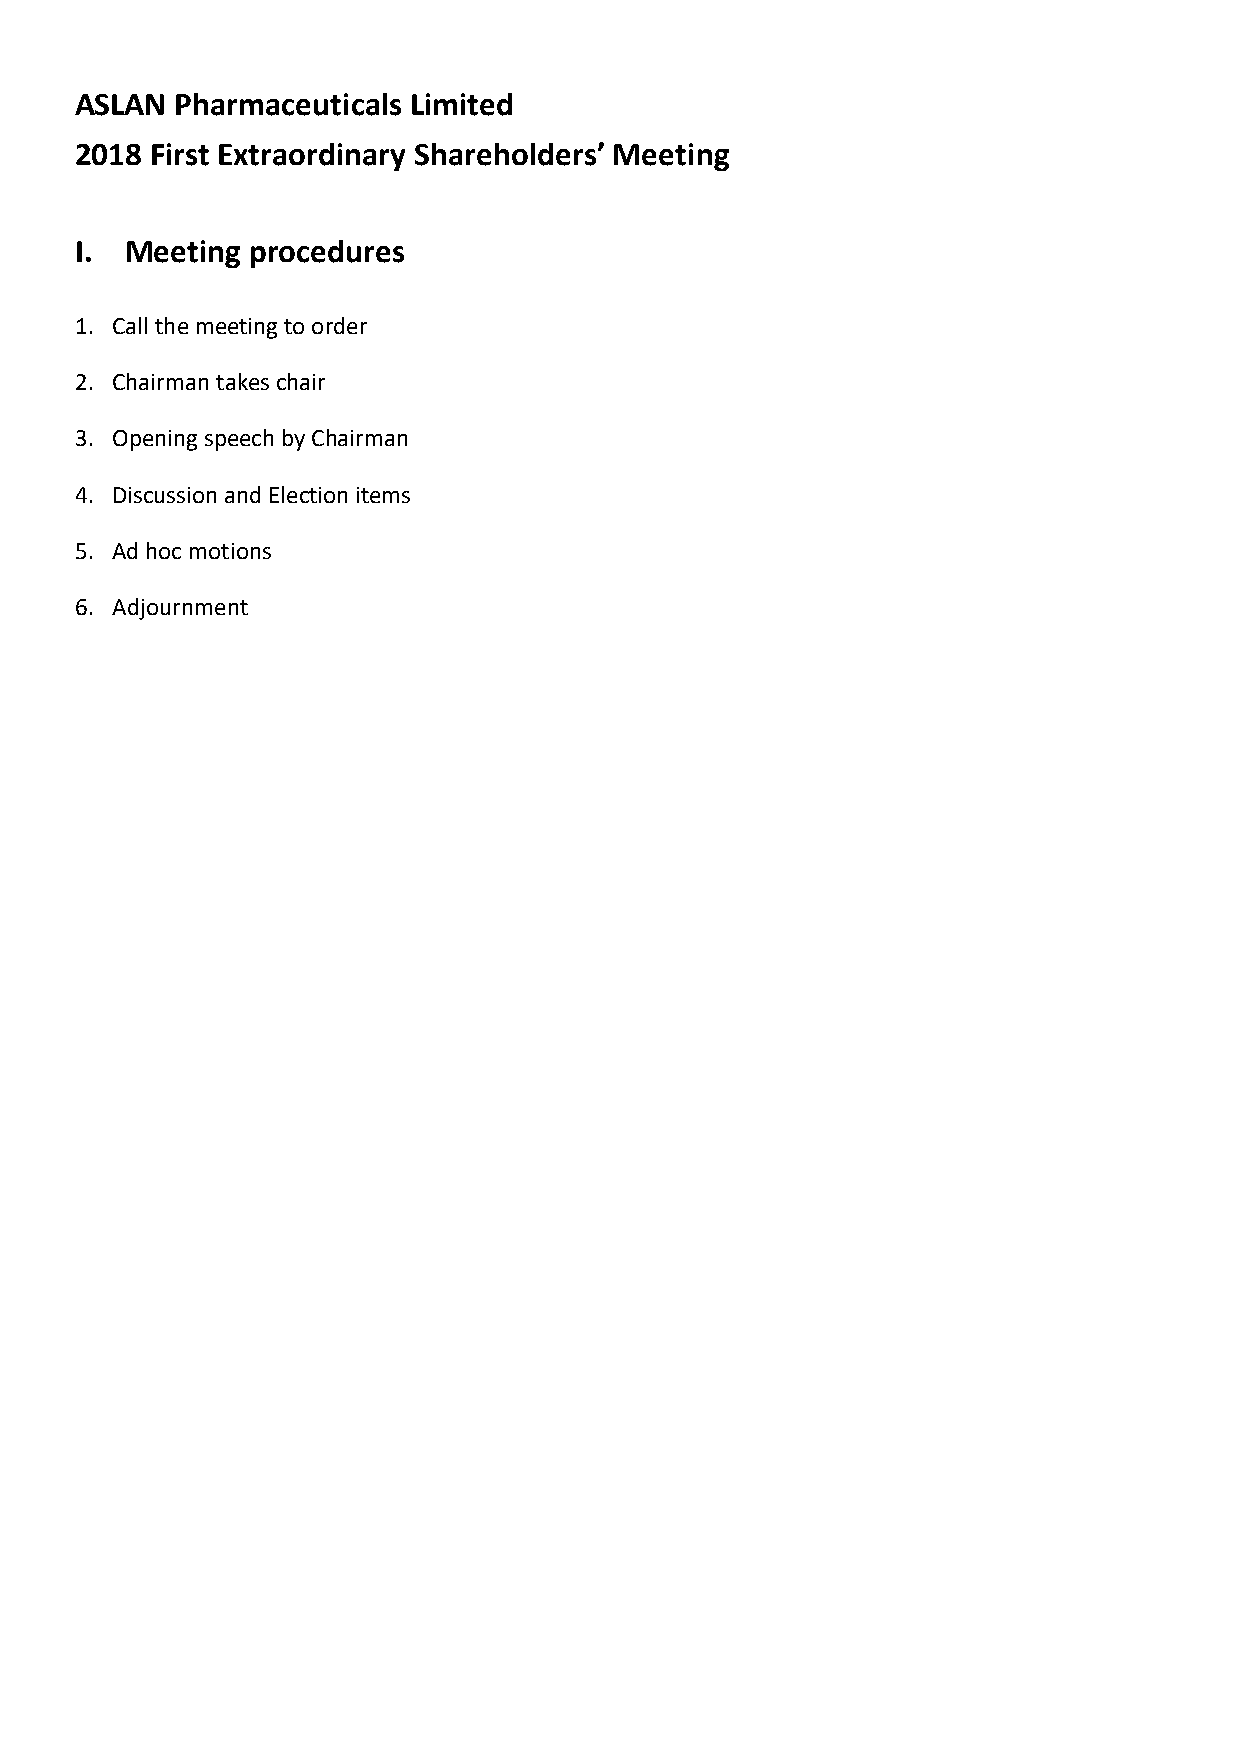
ASLAN  Pharmaceuticals Limited
 2018 First Extraordinary Shareholders’ Meeting
 I. Meeting procedures
 1. Call the meeting to order
 2. Chairman takes chair
 3. Opening speech by Chairman
 4. Discussion and Election items
 5. Ad hoc motions
 6. Adjournment